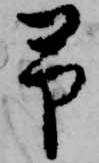
予